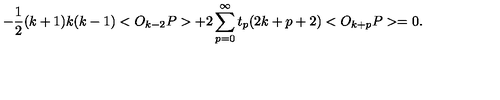
- \frac { 1 } { 2 } ( k + 1 ) k ( k - 1 ) < O _ { k - 2 } P > + 2 \sum _ { p = 0 } ^ { \infty } t _ { p } ( 2 k + p + 2 ) < O _ { k + p } P > = 0 .